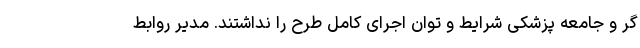
گر و جامعه پزشکی شرایط و توان اجرای کامل طرح را نداشتند. مدیر روابط